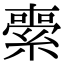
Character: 𦃦